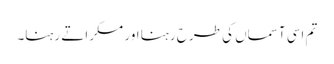
تم اسی آسماں کی طرح رہنا اور مسکراتے رہنا۔